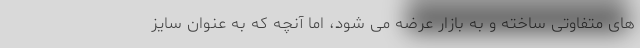
های متفاوتی ساخته و به بازار عرضه می شود، اما آنچه که به عنوان سایز